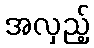
အလှည့်